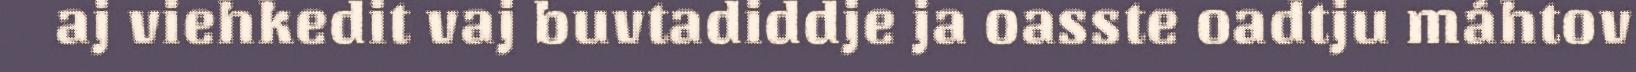
aj viehkedit vaj buvtadiddje ja oasste oadtju máhtov